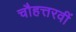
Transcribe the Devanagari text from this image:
चौहत्तरवीं